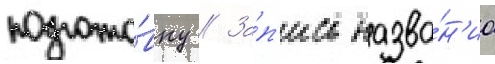
подгото́вку // За́п'ись назва́н'иа